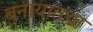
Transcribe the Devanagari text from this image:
बनायातथा